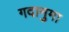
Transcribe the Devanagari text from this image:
गदानुमा